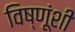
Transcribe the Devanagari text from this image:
विष्णूंशी